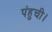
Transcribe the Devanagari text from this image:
पंहुची।